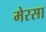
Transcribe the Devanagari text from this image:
मेरसा